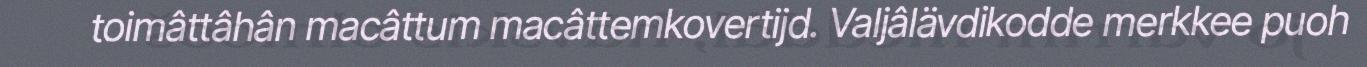
toimâttâhân macâttum macâttemkovertijd. Valjâlävdikodde merkkee puoh